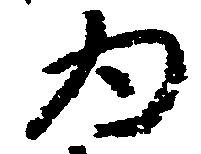
為